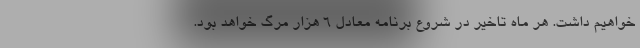
خواهیم داشت. هر ماه تاخیر در شروع برنامه معادل ۶ هزار مرگ خواهد بود.